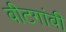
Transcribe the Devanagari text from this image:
वीटगांवी